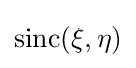
\operatorname {sinc} (\xi ,\eta )